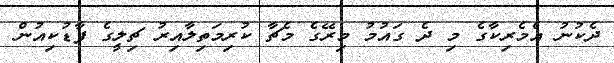
ދެކުނު އެމެރިކާގެ މި ދެ ގައުމު މިރޭގެ މެޗާ ކުރިމަތިލާއިރު ޗިލީގެ ފާޑުކިއުން